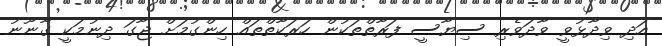
އަދި ވިދާޅުވީ ވާދަވެރި ސިޔާސީ ފަރާތްތަކުން ހަރަކާތްތައް ހިންގުމަށް ޖާގަ ދިނުމަކީ ގާނޫނު